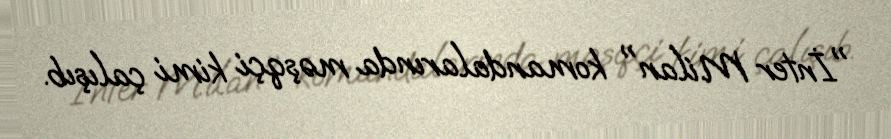
"İnter Milan" komandalarında məşqçi kimi çalışıb.